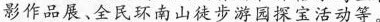
影作品展、全民环南山徒步游园探宝活动等。